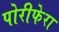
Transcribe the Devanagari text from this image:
पोरीफेरा